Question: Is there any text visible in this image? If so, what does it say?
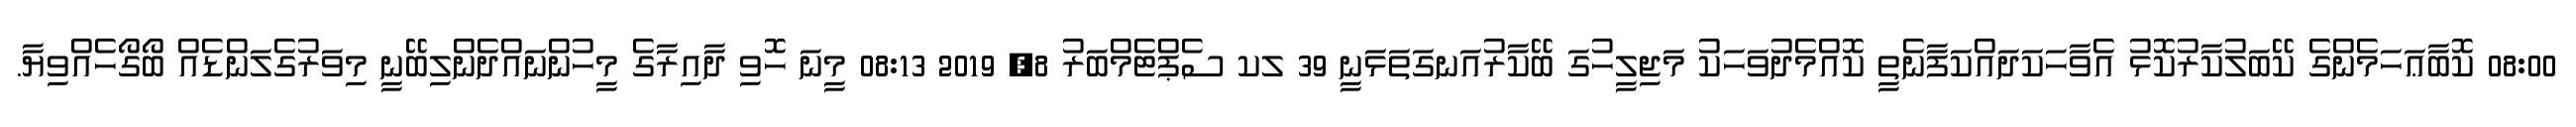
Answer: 08:00 ކޮބާޢަހަމެންގެ ކޭބަލުކާރުކޮޅު އެވާހަކަދައްކަފާނެތީ ކޮއްމެދުވަހަކު މަޖިލީހުގަ ބޭކާރުއަނގަތަޅަނީ 39 ލކ ސެޕްޓެމްބަރު 8, 2019 08:13 މީނަ ހޮވި ދާއިރާގެ މީހުންނައްދެންލިބޭނީ މިވަރުގެލަންޑެއް ބޯގޯހެއްވިޔާ.